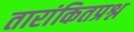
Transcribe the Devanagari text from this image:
तारांकितप्रश्न